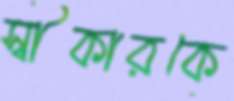
স্বীকারকে